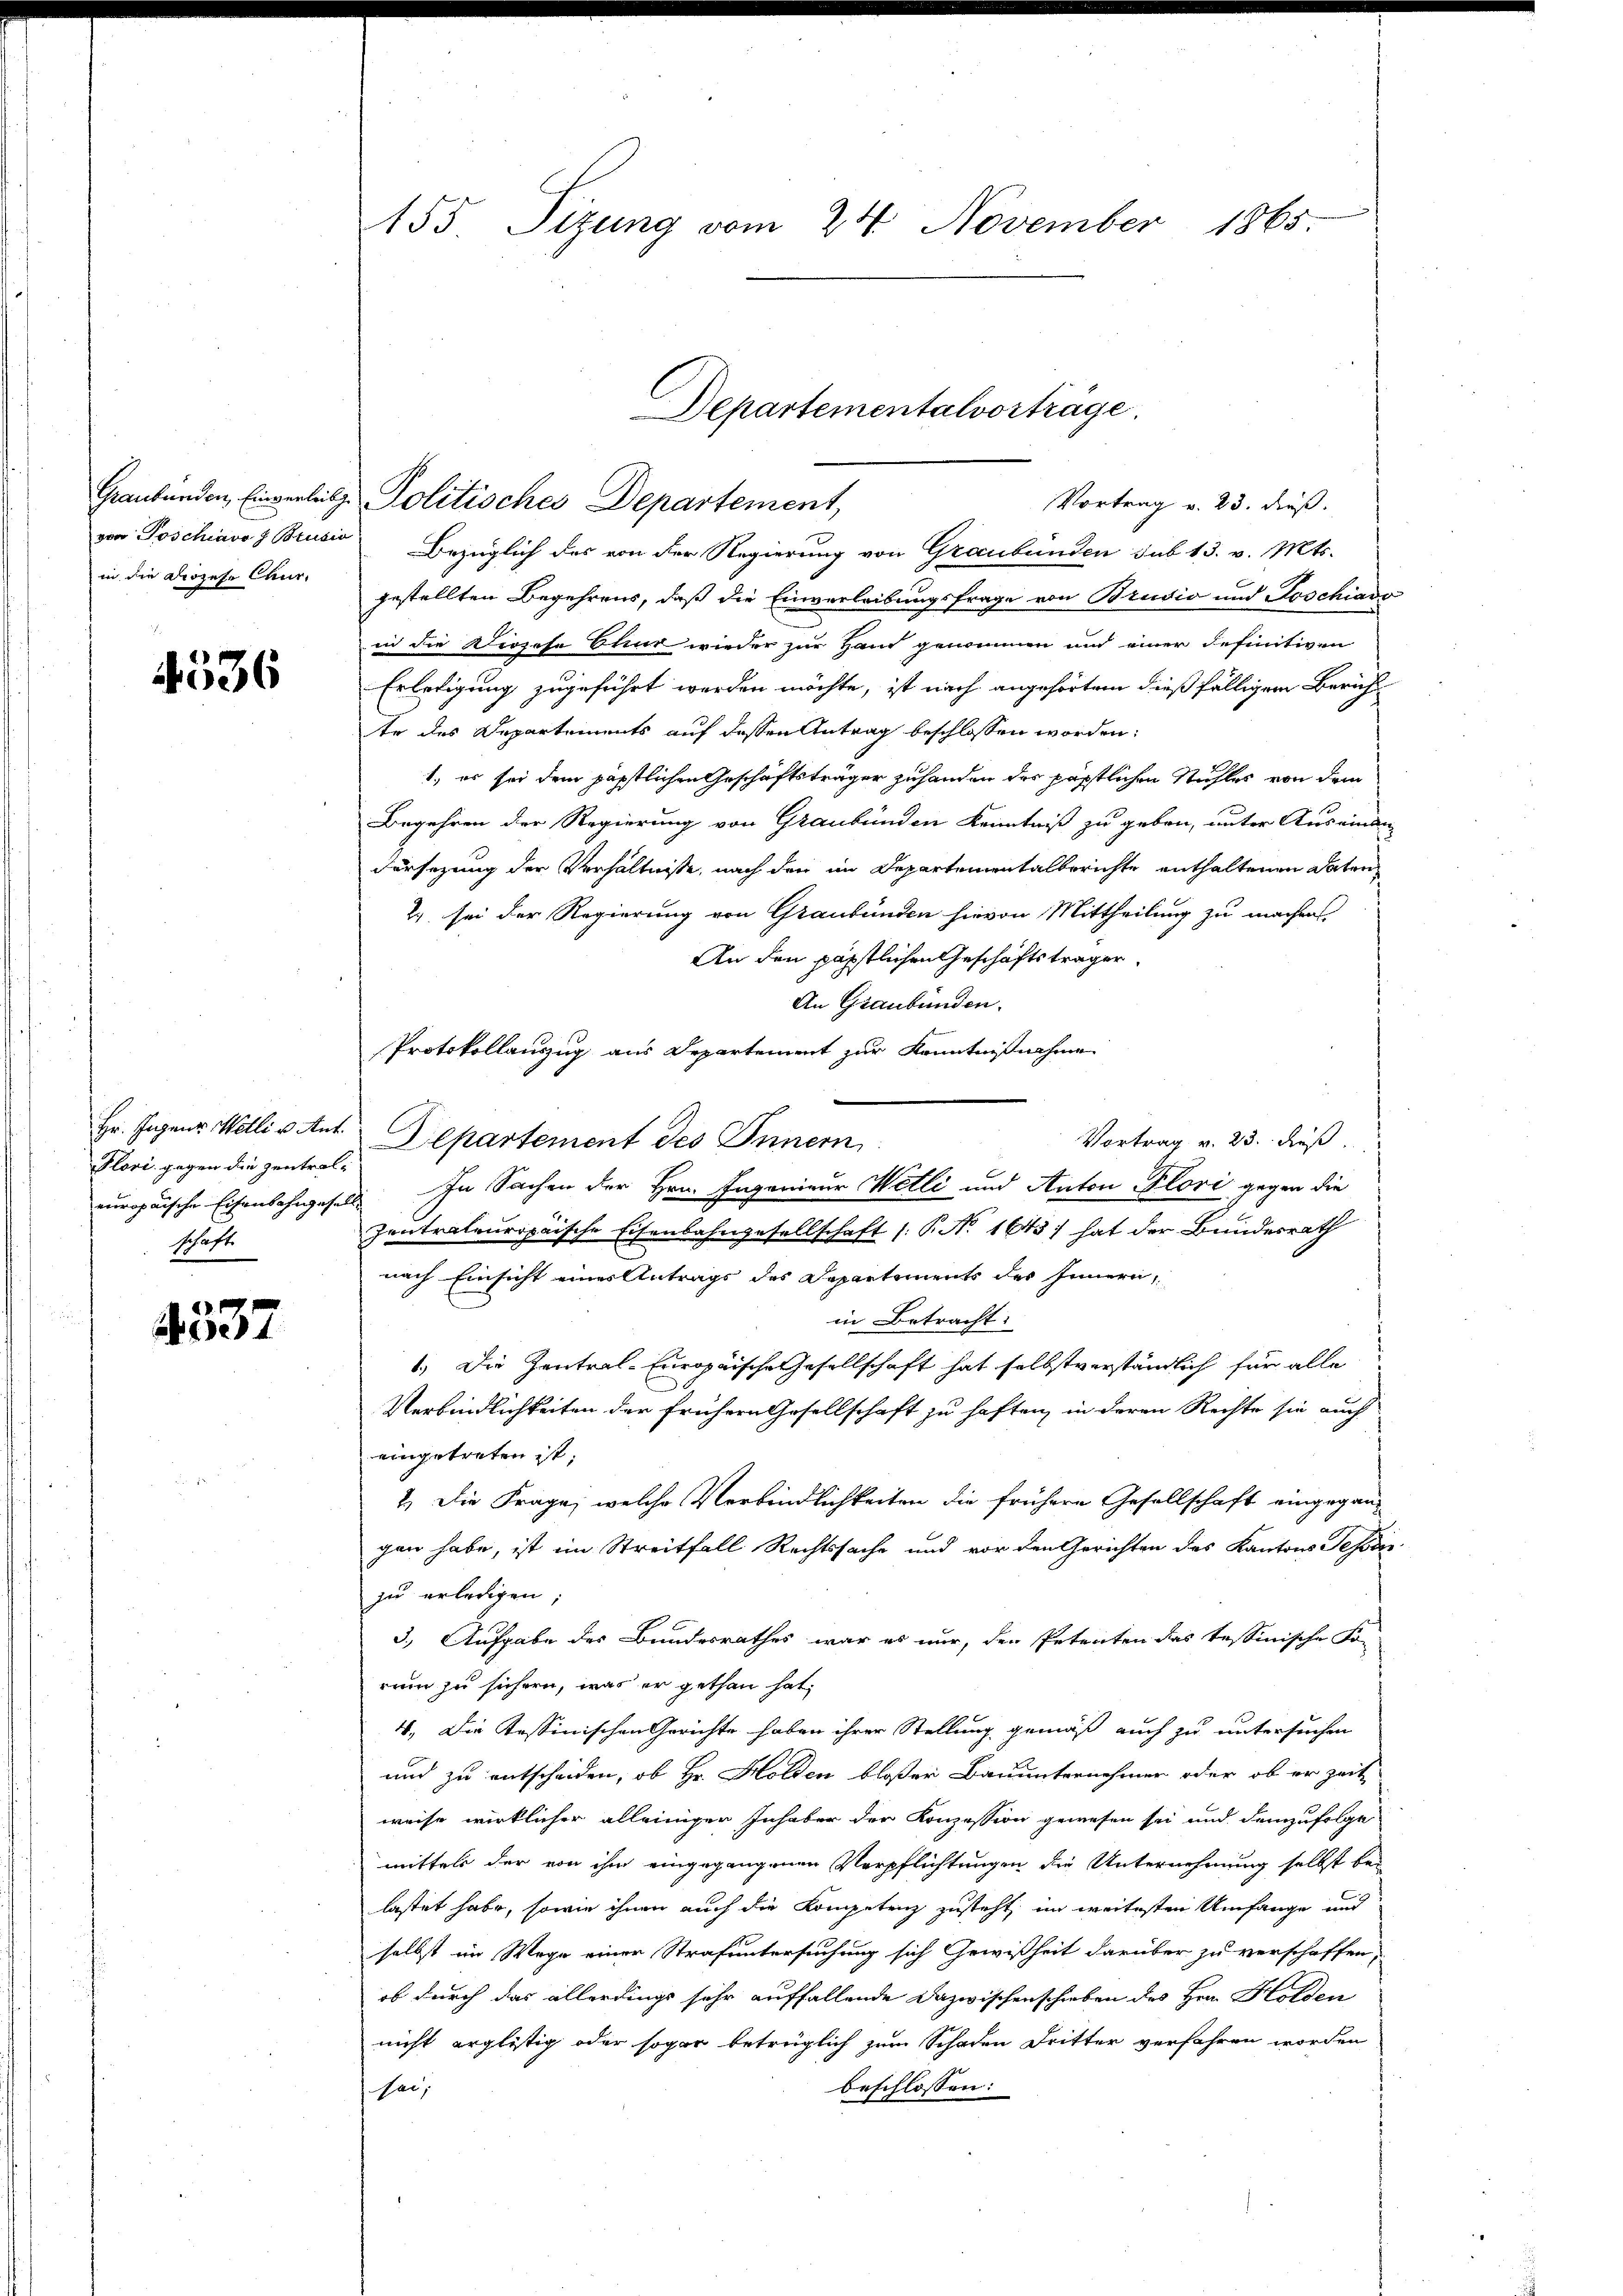
Graubünden, Einverleibg.
von Poschiavo  Brusio
in die Diözese Chur-

4536

Hr. Ingene Welli v. Ant.
Plori gegen die Zentral-
europaische Eisenbahngesell-
schafte

4537

155 Tizung vom 24. November 1865

Bezüglich des von der Regierung von Graubünden sub 13. v. Mts.
gestellten Begehrens, daß die Einverleibungsfrage von Brudio und Soschiavo
in die Dirzese Chur wieder zur Hand genommen und einer definitiven
Erledigung zugeführt werden möchte, ist nach angehörten dießfälligem Bericht
te des Departements auf dessen Antrag beschlossen worden:
1, es sei dem päpstlichen Geschäftsträger zuhanden des päpstlichen Stuhles von dem
Begehren der Regierung von Graubünden Kenntniß zu geben, unter Auseinan
Fürsezung der Verhältnisse, nach den im Departementalberichte enthaltenen Daten
2 sei der Regierung von Graubünden hievon Mittheilung zu machen
An den päpstlichen Geschäftsträger
An Graubünden.
Protokollauszug aus Departement zur Kenntnißnahme
Vortrag v. 23. dieß.
Departement des Innern
In Sachen der Hrn. Ingenieur Welli und Anton Flori gegen die
zentrateuropäische Eisenbahngesellschaft (: P. N. 1643) hat der Bundesrath
nach Einsicht eines Antrags des Departements des Innern,
in Betracht:
1.) Die Zentral-Europäische Gesellschaft hat selbstverständlich für alle
Verbindlichkeiten der frühern Gesellschaft zu haften, in deren Rechte sie auch
eingetreten ist.
2.) Die Frage, welche Verbindlichkeiten die frühere Gesellschaft eingegangen habe, ist im Streitfall Rechtssache und vor den Gerichten des Kantons Tessin
zu erledigen;
3.) Aufgabe des Bundesrathes war es nur, den Petenten das tessinische Fo-
rum zu sichern, was er gethan hat,
4. Die Tessinischen Gerichte haben ihrer Stellung gemäß auch zu untersuchen
und zu entscheiden, ob Hr. Holden bloßer Bauunternehmen oder ob er zeit
weise wirklicher alleiniger Inhaber der Konzession gewesen sei und demzufolge
mittels der von ihm eingegangenen Verpflichtungen die Unternehmung selbst bei
lastet habe, sowie ihnen auch die Kompetenz zusteht, im weitesten Umfange und
selbst im Wege einer Strafuntersuchung sich Gewißheit darüber zu verschaffen,
ob durch das allerdings sehr auffallende Dazwischenschieben des Hrn. Holden
nicht erglistig oder sogar betrüglich zum Schaden Dritter verfahren worden
beschlossen:
sei;

Departementalvorträge.
Politisches Departement,
Vortrag v. 23. dieß.